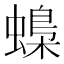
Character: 蟂